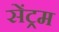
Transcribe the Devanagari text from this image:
सेंट्रम